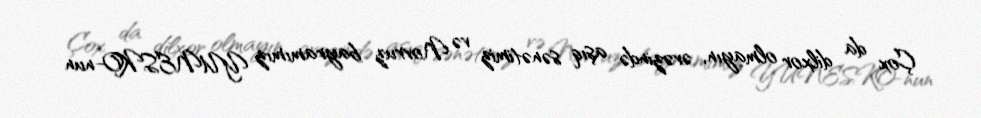
Çox da dilxor olmayın, əvəzində aşıq sənətimiz və Novruz bayramımız YUNESKO-nun